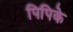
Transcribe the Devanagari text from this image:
पिपिके